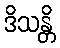
ဒိသန္တိ